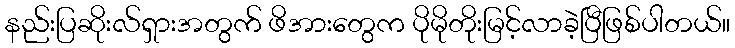
နည်းပြဆိုးလ်ရှားအတွက် ဖိအားတွေက ပိုမိုတိုးမြင့်လာခဲ့ပြီဖြစ်ပါတယ်။